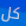
كل